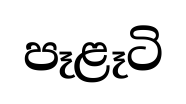
පෑළෑටි